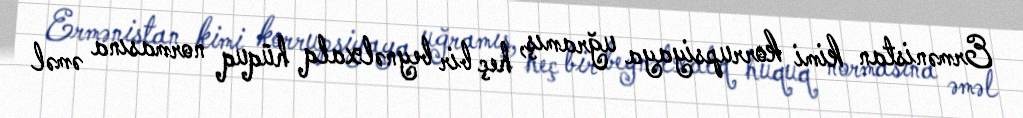
Ermənistan kimi korrupsiyaya uğramış, heç bir beynəlxalq hüquq normasına əməl